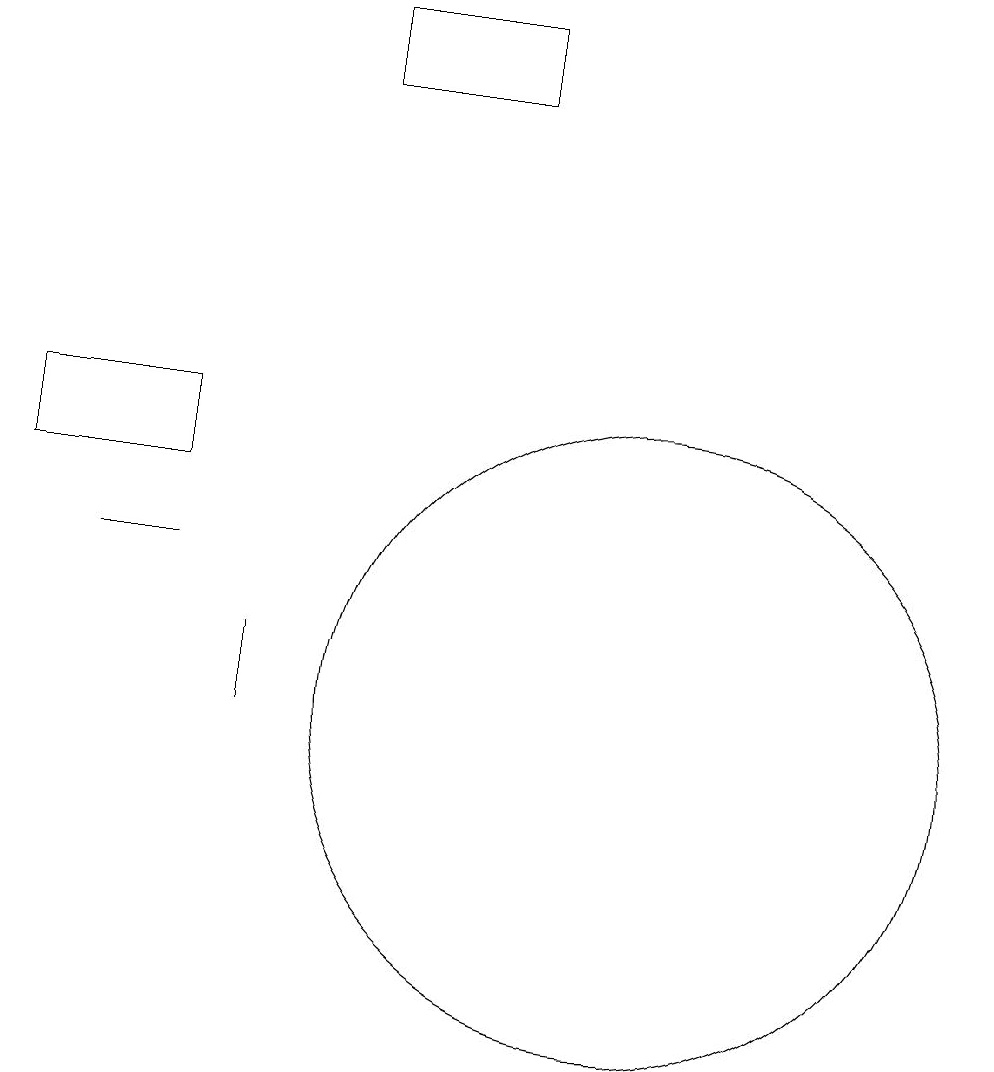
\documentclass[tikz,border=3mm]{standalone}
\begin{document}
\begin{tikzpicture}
\draw (3,14) rectangle (5,13);
\draw (4,12) rectangle (5,12);
\draw (11,10) circle (4);
\draw (6,10) rectangle (6,11);
\draw (9,19) rectangle (7,18);
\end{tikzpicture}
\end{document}